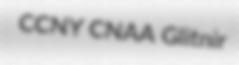
CCNY CNAA Glitnir